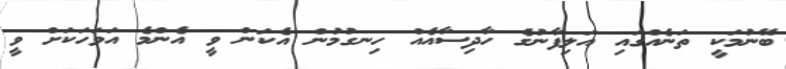
ބޭނުމަކީ ތަނެއްގައި އަލިފާނުގެ ހާދިސާއެއް ހިނގުމުން އެކަން ވީ އެންމެ އަވަހަކަށް ވީ